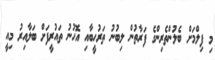
މި ފިލްމަށް ބެލުންތެރިންގެ ފަރާތުން ލިބުނު ތަރުހީބާއި އޮހުނު ތައުރީފަށް ބަލާއިރު މިއީ